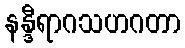
နန္ဒီရာဂသဟဂတာ